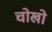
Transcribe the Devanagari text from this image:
चोखो